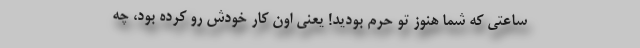
ساعتی که شما هنوز تو حرم بودید! یعنی اون کار خودش رو کرده بود، چه